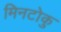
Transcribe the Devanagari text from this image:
मिनटोकु